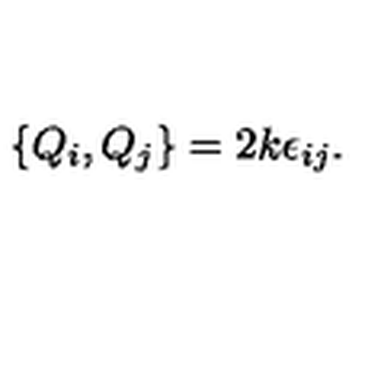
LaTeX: \left\{ Q _ { i } , Q _ { j } \right\} = 2 k \epsilon _ { i j } .